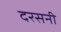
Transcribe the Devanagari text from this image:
दरसनी